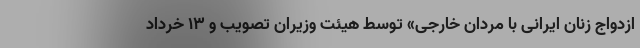
ازدواج زنان ایرانی با مردان خارجی» توسط هیئت وزیران تصویب و ۱۳ خرداد